Civil Veterinary Dept. Assam report 1927-50 - 1927-1950
Year: 1927
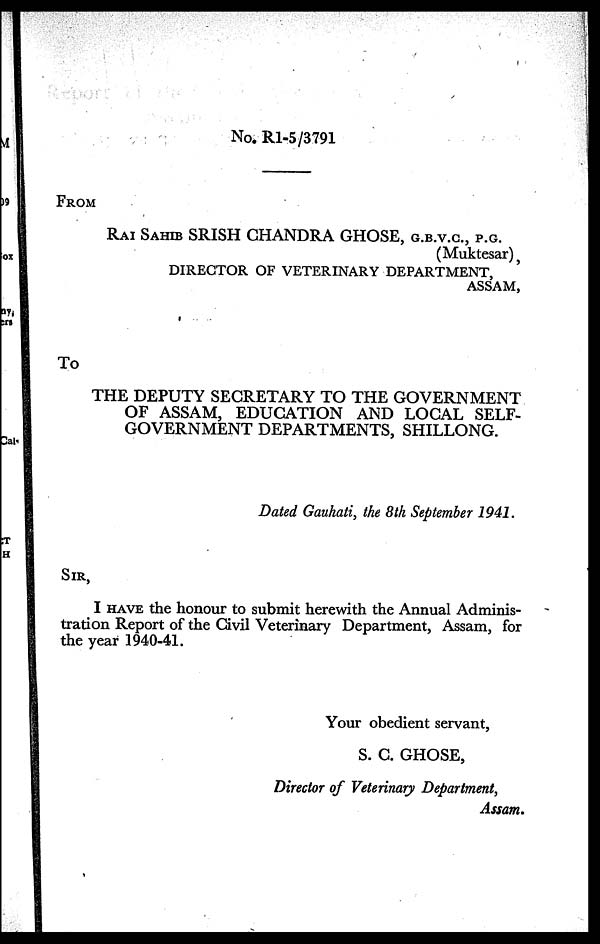
No. R1-5/3791
FROM
RAI SAHIB SRISH CHANDRA GHOSE, G.B.V.C., P.G.
(Muktesar),
DIRECTOR OF VETERINARY DEPARTMENT,
ASSAM,
To
THE DEPUTY SECRETARY TO THE GOVERNMENT
OF ASSAM, EDUCATION AND LOCAL SELF-
GOVERNMENT DEPARTMENTS, SHILLONG.
Dated Gauhati, the 8th September 1941.
SIR,
I HAVE the honour to submit herewith the Annual Adminis-
tration Report of the Civil Veterinary Department, Assam, for
the year 1940-41.
Your obedient servant,
S. C. GHOSE,
Director of Veterinary Department,
Assam.